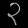
Digit: ၃